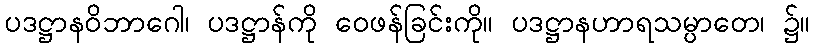
ပဒဋ္ဌာနဝိဘာဂေါ၊ ပဒဋ္ဌာန်ကို ဝေဖန်ခြင်းကို။ ပဒဋ္ဌာနဟာရသမ္ပာတေ၊ ၌။